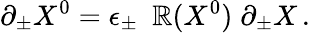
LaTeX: \partial_{\pm}X^{0}=\epsilon_{\pm}~~\mathbb{R}(X^{0})\; \partial_{\pm}X\, .